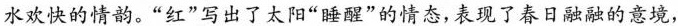
水欢快的情韵。“红”写出一大阳“睡醒”的情态，表现了春融融的意境；